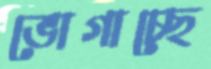
ভোগাচ্ছে